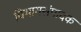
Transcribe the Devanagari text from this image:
विभागसंपादक